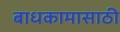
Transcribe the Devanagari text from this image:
बाधकामासाठी